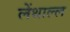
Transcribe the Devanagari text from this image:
लेंथाल्ल